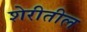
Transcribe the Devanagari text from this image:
शेरीतील